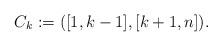
LaTeX: \begin{align*}C_k:=([1,k-1],[k+1,n]).\end{align*}